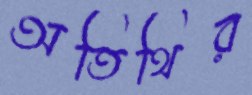
অতিথির